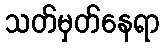
သတ်မှတ်နေရာ